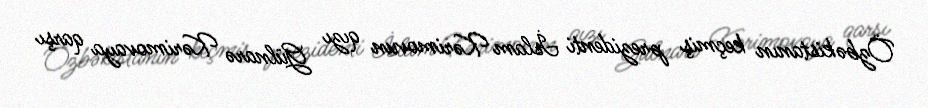
Özbəkistanın keçmiş prezidenti İslam Kərimovun qızı Gülnarə Kərimovaya qarşı